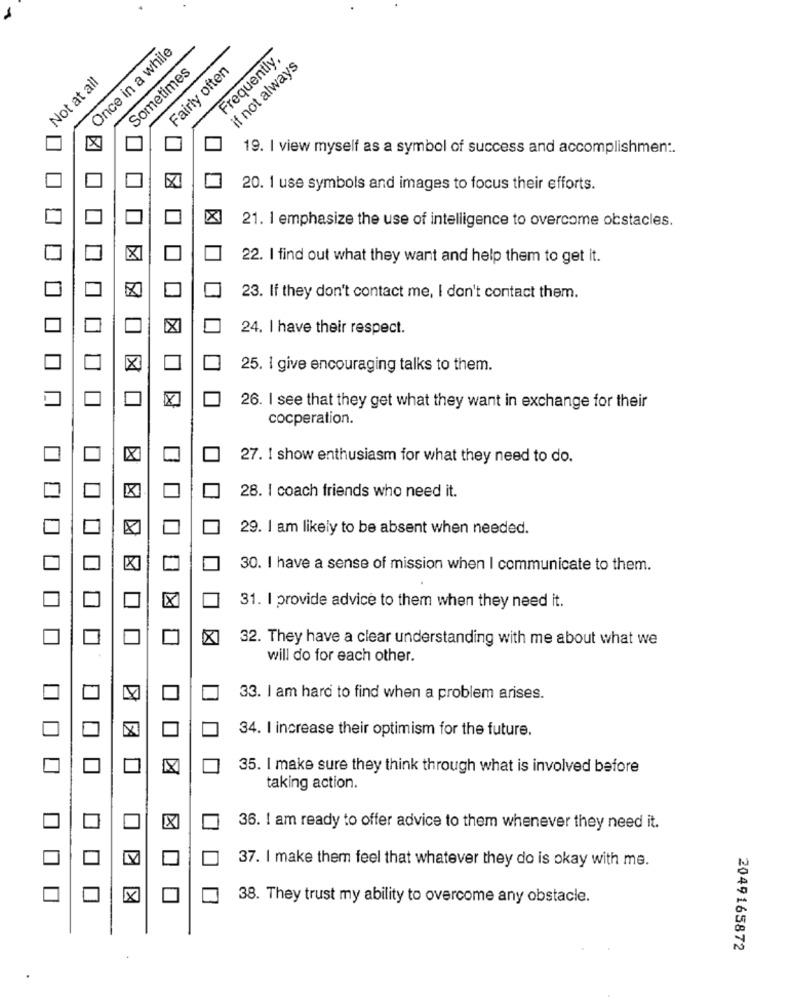
Once in a while
Frequently,
Sometimes
Fairly often
if not always
Not at all
X
19. I view myself as a symbol of success and accomplishment.
20. 1 use symbols and images to focus their efforts.
21. I emphasize the use of intelligence to overcome obstacles.
×
22. I find out what they want and help them to get it.
23. If they don't contact me, I don't contact them.
24. I have their respect.
X
25. I give encouraging talks to them.
26. I see that they get what they want in exchange for their
cocperation.
27. I show enthusiasm for what they need to do.
28. I coach friends who need it.
29. I am likely to be absent when needed.
30. I have a sense of mission when I communicate to them.
31. I provide advice to them when they need it.
32. They have a clear understanding with me about what we
will do for each other.
33. I am hard to find when a problem arises.
34. I increase their optimism for the future.
35. I make sure they think through what is involved before
taking action.
X
36. I am ready to offer advice to them whenever they need it.
K
37. I make them feel that whatever they do is okay with me.
X
38. They trust my ability to overcome any obstacle.
2049165872